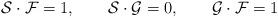
LaTeX: \begin{align*}{\cal{S}} \cdot {\cal{F}}= 1, \qquad {\cal{S}} \cdot {\cal{G}}=0,\qquad {\cal{G}} \cdot {\cal{F}}= 1\end{align*}